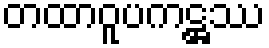
တထာဝူပကဋ္ဌဿ